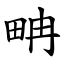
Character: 畘